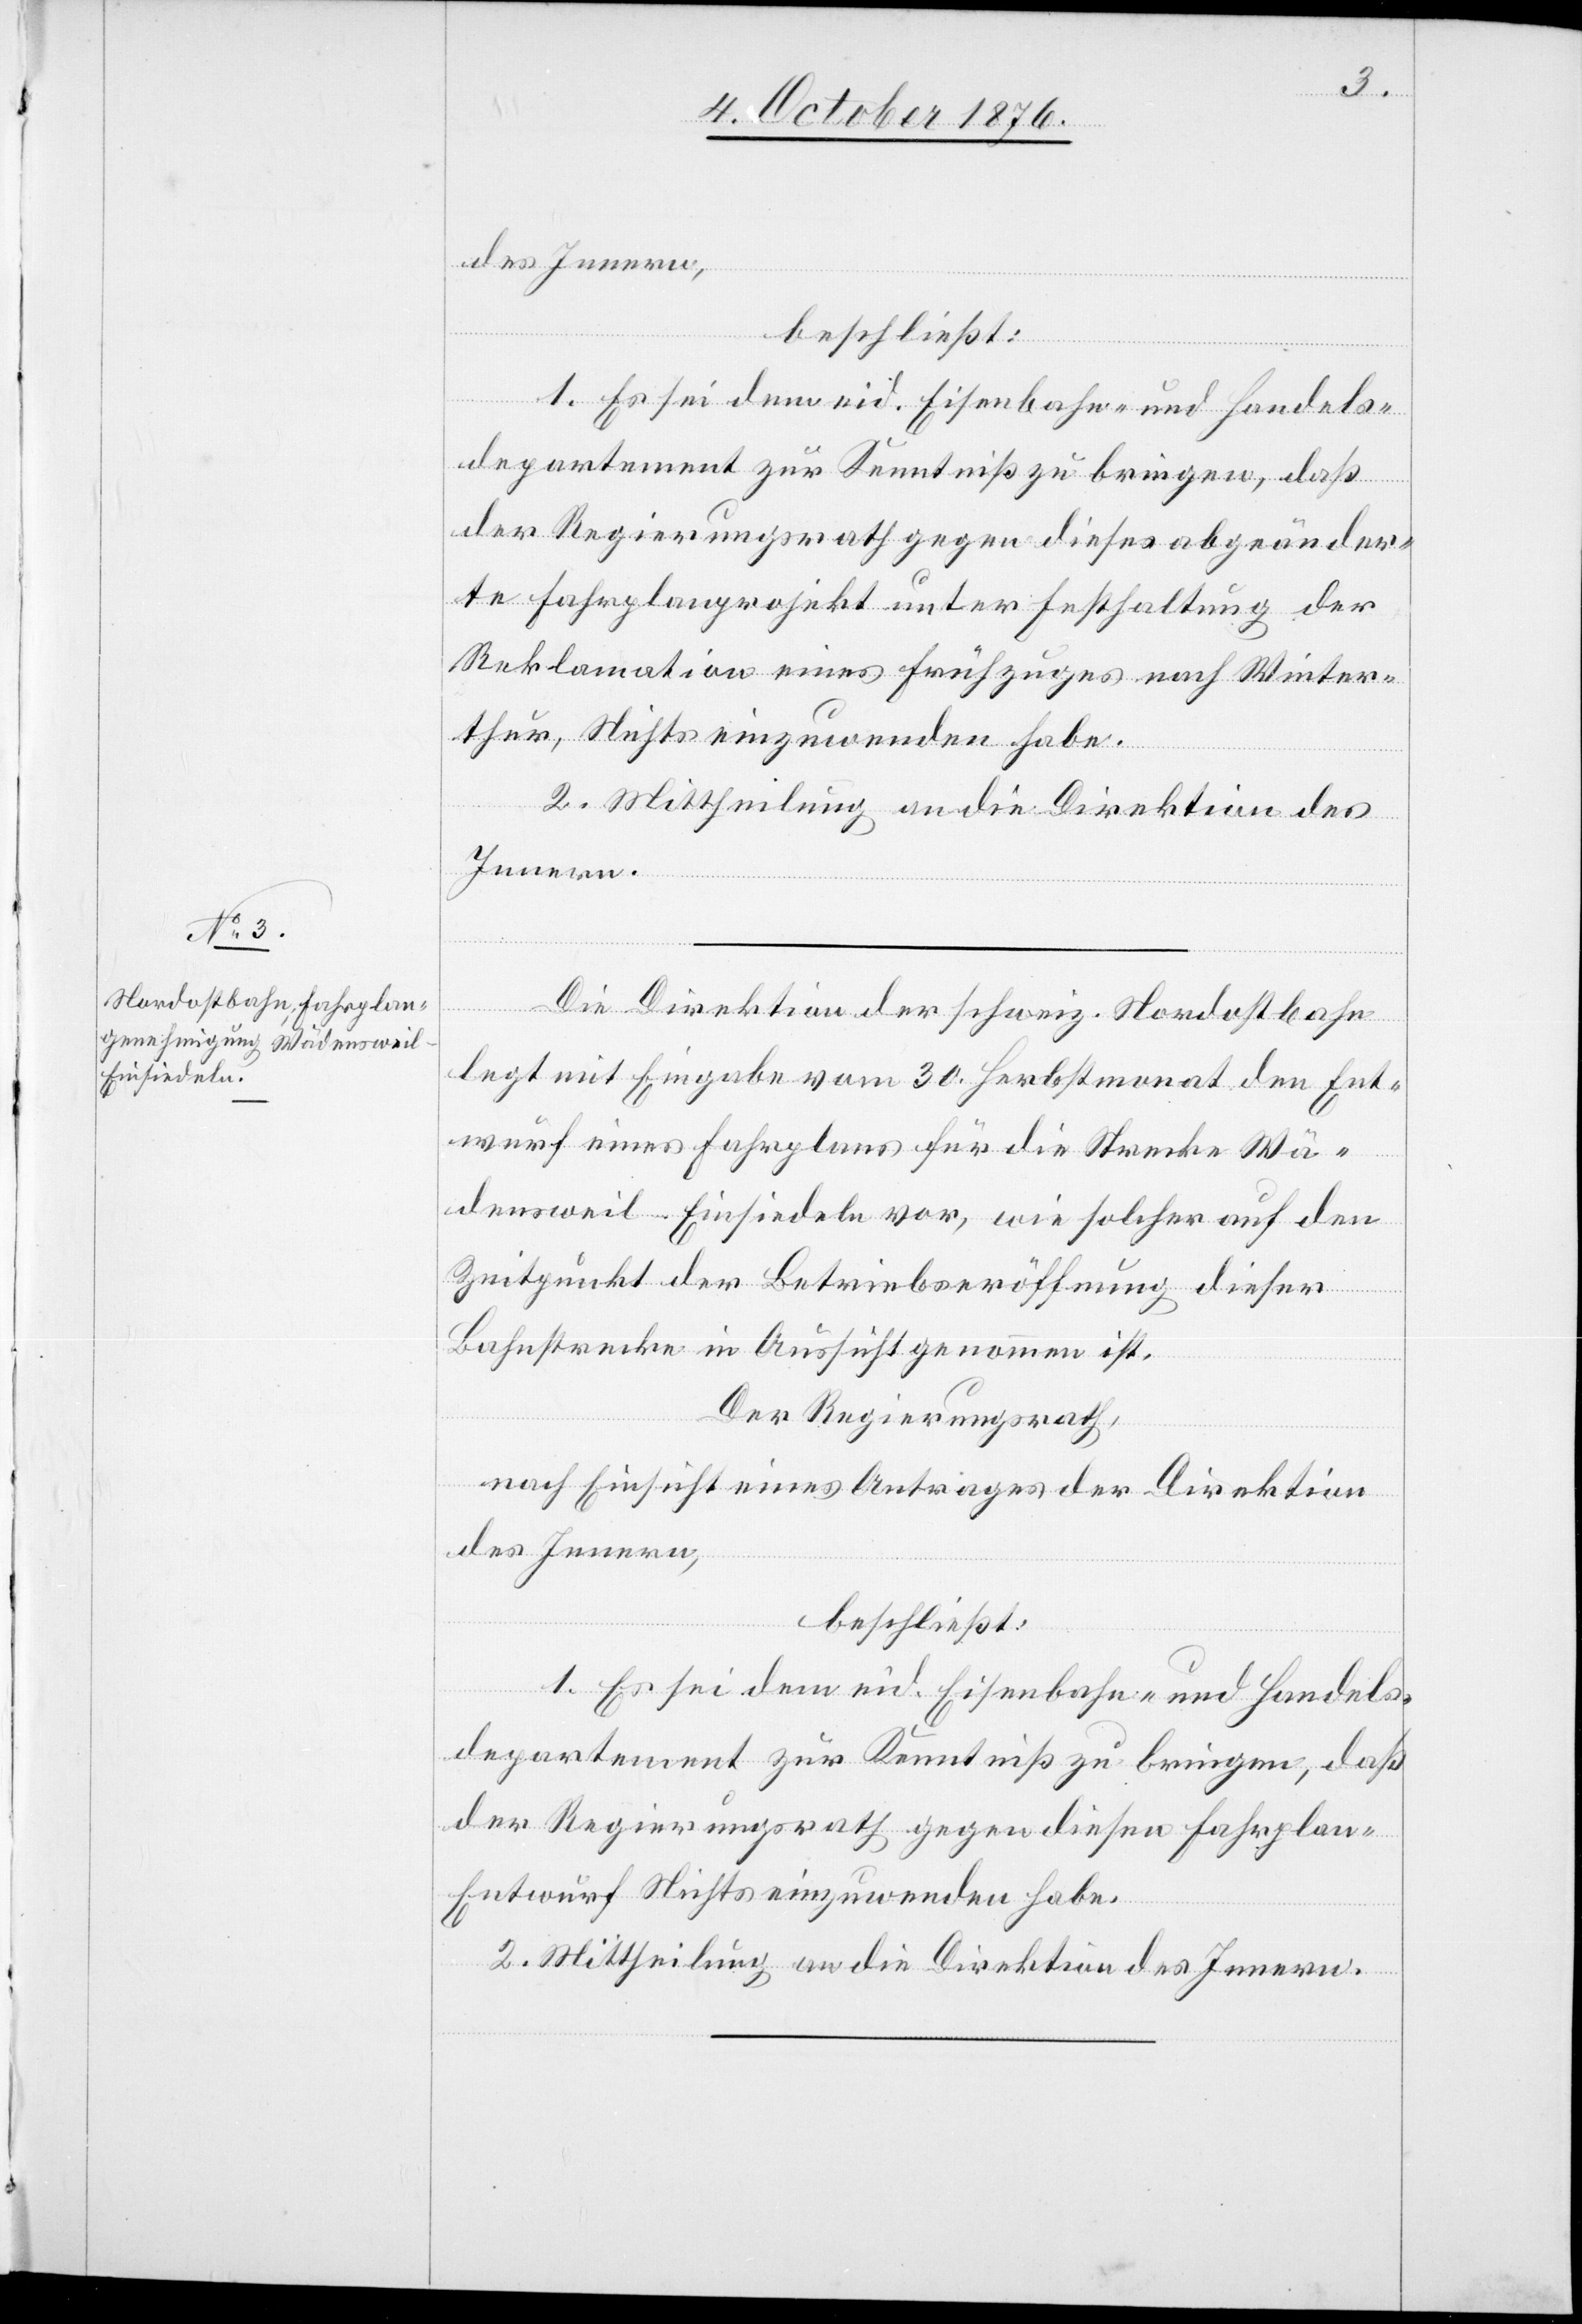
des Innern,
beschließt:
1. Es sei dem eid. Eisenbahn- und Handels¬
departement zur Kenntniß zu bringen, daß
der Regierungsrath gegen dieses abgeänder¬
te Fahrplanprojekt unter Festhaltung der
Reklamation eines Frühzuges nach Winter¬
thur, Nichts einzuwenden habe.
2. Mittheilung an die Direktion des
Innern.
Die Direktion der schweiz. Nordostbahn
legt mit Eingabe vom 30. Herbstmonat den Ent¬
wurf eines Fahrplanes für die Strecke Wä¬
densweil–Einsiedeln vor, wie solcher auf den
Zeitpunkt der Betriebseröffnung dieser
Bahnstrecke in Aussicht genommen ist.
Der Regierungsrath,
nach Einsicht eines Antrages der Direktion
des Innern,
beschließt:
1. Es sei dem eid. Eisenbahn- und Handels¬
departement zur Kenntniß zu bringen, daß
der Regierungsrath gegen diesen Fahrpla¬
n-Entwurf Nichts einzuwenden habe.
2. Mittheilung an die Direktion des Innern.